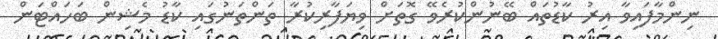
ނިންމާފައިވާ އިރު ކާޑުތައް ބޭނުންކުރެވޭ ގޮތަށް ވިޔަފާރިކުރާ ތަންތަނުގައި ކާޑު މެޝިން ބަހައްޓަން